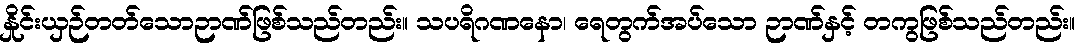
နှိုင်းယှဉ်တတ်သောဉာဏ်ဖြစ်သည်တည်း။ သပရိဂဏနော၊ ရေတွက်အပ်သော ဉာဏ်နှင့် တကွဖြစ်သည်တည်း။